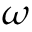
\omega